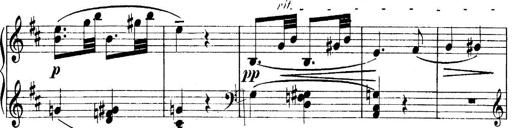
Title: 4 Sonatines
Composer: Max Reger